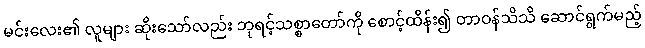
မင်းလေး၏ လူများ ဆိုးသော်လည်း ဘုရင့်သစ္စာတော်ကို စောင့်ထိန်း၍ တာဝန်သိသိ ဆောင်ရွက်မည့်